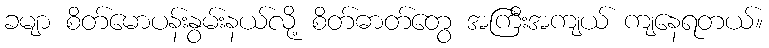
ခမျာ စိတ်မောပန်းနွမ်းနယ်လို့ စိတ်ဓာတ်တွေ အကြီးအကျယ် ကျနေရတယ်။